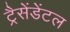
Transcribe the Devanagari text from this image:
ट्रैसेंडेंटल